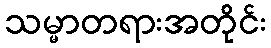
သမ္မာတရားအတိုင်း